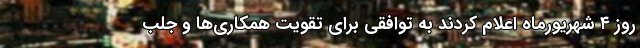
روز ۴ شهریورماه اعلام کردند به توافقی برای تقویت همکاری‌ها و جلب